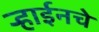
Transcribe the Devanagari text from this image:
ऱ्हाईनचे